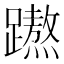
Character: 𮜡